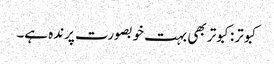
کبوتر:کبوتر بھی بہت خوبصورت پرندہ ہے۔